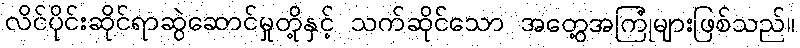
လိင်ပိုင်းဆိုင်ရာဆွဲဆောင်မှုတို့နှင့် သက်ဆိုင်သော အတွေ့အကြုံများဖြစ်သည်။